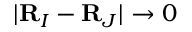
\vert { \bf R } _ { I } - { \bf R } _ { J } \vert \rightarrow 0